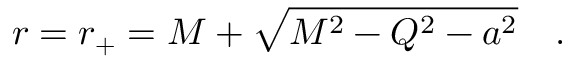
r = r _ { + } = M + \sqrt { M ^ { 2 } - Q ^ { 2 } - a ^ { 2 } } ~ ~ ~ .